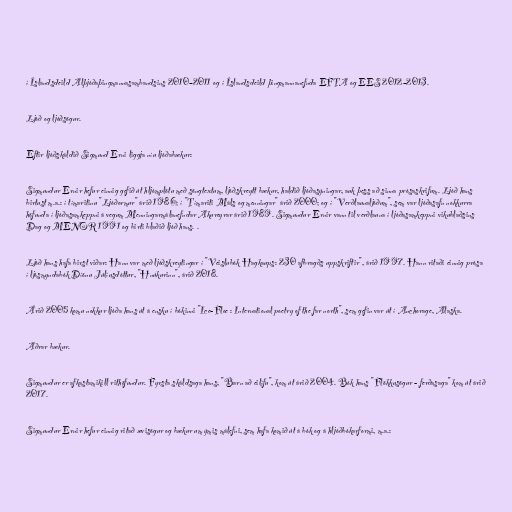
í Íslandsdeild Alþjóðaþingmannasambandsins 2010–2011 og í Íslandsdeild þingmannanefnda EFTA og EES 2012–2013.

Ljóð og ljóðsögur.

Eftir ljóðskáldið Sigmund Erni liggja níu ljóðabækur:

Sigmundur Ernir hefur einnig gefið út hljómplötu með söngtextum, ljóðskreytt bækur, haldið ljóðasýningar, auk þess að sinna prósaskrifum. Ljóð hans
birtust m.a.: í tímaritinu "Ljóðormur" árið 1986; í "Tímariti Máls og menningar" árið 2000; og í "Verðlaunaljóðum", sem var ljóðasafn nokkurra
höfunda í ljóðasamkeppni á vegum Menningarmálanefndar Akureyrar árið 1989. Sigmundur Ernir vann til verðlauna í ljóðasamkeppni vikublaðsins
Dag og MENOR 1991 og birti blaðið ljóð hans. .

Ljóð hans hafa birst viðar: Hann var með ljóðskreytingar í "Veislubók Hagkaups: 230 afbragðs uppskriftir", árið 1997. Hann ritaði einnig prósa
í ljósmyndabók Díönu Júlíusdóttur, "Hnúkurinn", árið 2018.

Árið 2005 komu nokkur ljóða hans út á ensku í bókinni "Ice-Floe : International poetry of the far north", sem gefin var út í Anchorage, Alaska.

Aðrar bækur.

Sigmundur er afkastamikill rithöfundur. Fyrsta skáldsaga hans, "Barn að eilífu", kom út árið 2004. Bók hans "Flökkusögur - ferðasaga" kom út árið
2017.

Sigmundur Ernir hefur einnig ritað ævisögur og bækur um ýmis málefni, sem hafa komið út á bók og á hljóðbókarformi, m.a.: